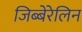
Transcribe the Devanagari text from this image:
जिब्बेरेलिन